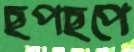
ছপছপে